Lunatic asylums Madras 1877-1891 - 1877-1891
Year: 1877
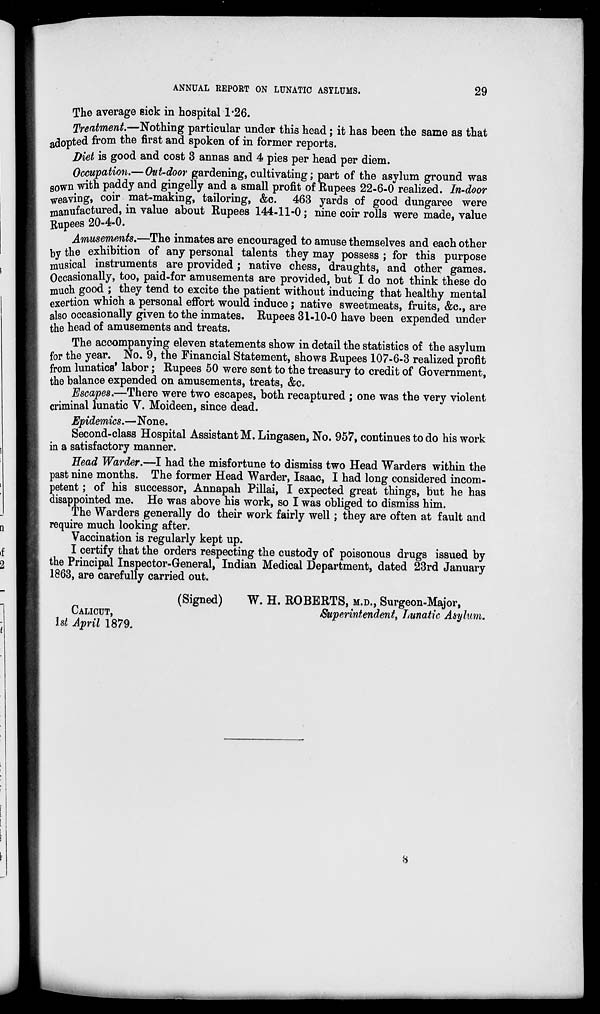
ANNUAL REPORT ON LUNATIC ASYLUMS.
29
The average sick in hospital 1.26.
Treatment.—Nothing particular under this head ; it has been the same as that
adopted from the first and spoken of in former reports.
Diet is good and cost 3 annas and 4 pies per head per diem.
Occupation.— Out-door gardening, cultivating ; part of the asylum ground was
sown with paddy and gingelly and a small profit of Rupees 22-6-0 realized. In-door
weaving, coir mat-making, tailoring, &c. 463 yards of good dungaree were
manufactured, in value about Rupees 144-11-0 ; nine coir rolls were made, value
Rupees 20-4-0.
Amusements.—The inmates are encouraged to amuse themselves and each other
by the exhibition of any personal talents they may possess ; for this purpose
musical instruments are provided ; native chess, draughts, and other games.
Occasionally, too, paid-for amusements are provided, but I do not think these do
much good ; they tend to excite the patient without inducing that healthy mental
exertion which a personal effort would induce ; native sweetmeats, fruits, &c., are
also occasionally given to the inmates. Rupees 31-10-0 have been expended under
the head of amusements and treats.
The accompanying eleven statements show in detail the statistics of the asylum
for the year. No. 9, the Financial Statement, shows Rupees 107-6-3 realized profit
from lunatics' labor ; Rupees 50 were sent to the treasury to credit of Government,
the balance expended on amusements, treats, &c.
Escapes.—There were two escapes, both recaptured ; one was the very violent
criminal lunatic V. Moideen, since dead.
Epidemics.—None.
Second-class Hospital Assistant M. Lingasen, No. 957, continues to do his work
in a satisfactory manner.
Head Warder.—I had the misfortune to dismiss two Head Warders within the
past nine months. The former Head Warder, Isaac, I had long considered incom-
petent ; of his successor, Annapah Pillai, I expected great things, but he has
disappointed me. He was above his work, so I was obliged to dismiss him.
The Warders generally do their work fairly well ; they are often at fault and
require much looking after.
Vaccination is regularly kept up.
I certify that the orders respecting the custody of poisonous drugs issued by
the Principal Inspector-General, Indian Medical Department, dated 23rd January
1863, are carefully carried out.
(Signed)
W. H. ROBERTS, M.D., Surgeon-Major,
CALICUT,
Superintendent, Lunatic Asylum.
1st April 1879.
8